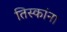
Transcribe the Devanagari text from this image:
तिस्कांना